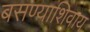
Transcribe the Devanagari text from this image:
बसण्याशिवाय